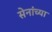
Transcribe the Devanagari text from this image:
सेनांच्या